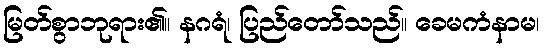
မြတ်စွာဘုရား၏။ နဂရံ၊ ပြည်တော်သည်။ ခေမကံနာမ၊